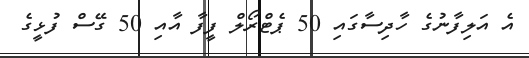
އެ އަލިފާނުގެ ހާދިސާގައި 50 ޕެޓްރޯލް ފީފާ އާއި 50 ގޭސް ފުޅީގެ